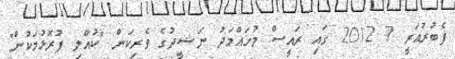
ފެބުރުއަރީ 7 2012 ގައި ރައީސް މުހައްމަދު ނަޝީދުގެ ވެރިކަން "ކުއްލި ފުރޮޅުމަކުން"